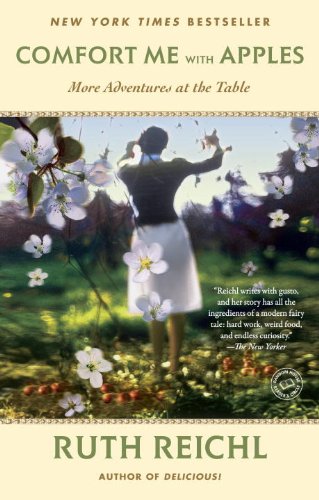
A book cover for Comfort Me with Apples: More Adventures at the Table (Random House Reader's Circle); Ruth Reichl; Cookbooks, Food & Wine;